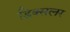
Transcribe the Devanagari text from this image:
डिक्सलर